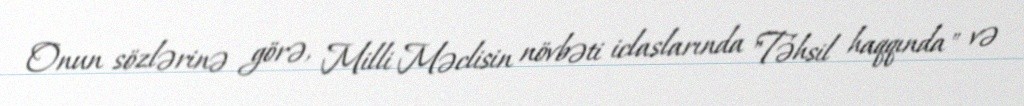
Onun sözlərinə görə, Milli Məclisin növbəti iclaslarında "Təhsil haqqında" və